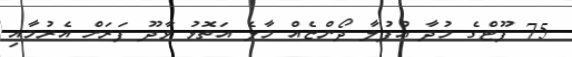
75 ފޫޓްގެ މުދާ އުފުލާ ދޯންޏެއް މާލެ އަތޮޅު ވާދޫ ފަރަށް އެރުމާއި